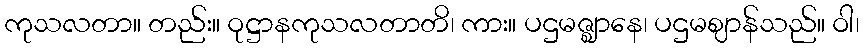
ကုသလတာ။ တည်း။ ဝုဋ္ဌာနကုသလတာတိ၊ ကား။ ပဌမဇ္ဈာနေ၊ ပဌမဈာန်သည်။ ဝါ၊